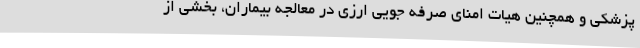
پزشکی و همچنین هیات امنای صرفه جویی ارزی در معالجه بیماران، بخشی از